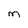
Character: M